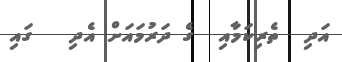
އަދި  ތެރިކަމާއި  ގެ ދަރުމައަށް އެދި   ގައި